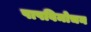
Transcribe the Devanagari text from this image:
पापविमोचन